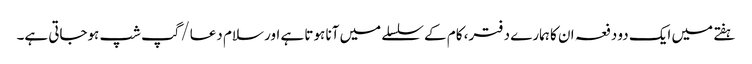
ہفتے میں ایک دو دفعہ ان کا ہمارے دفتر، کام کے سلسلے میں آنا ہوتا ہے اور سلام دعا/گپ شپ ہوجاتی ہے۔